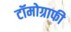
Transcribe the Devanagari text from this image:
टॉमोग्राफी